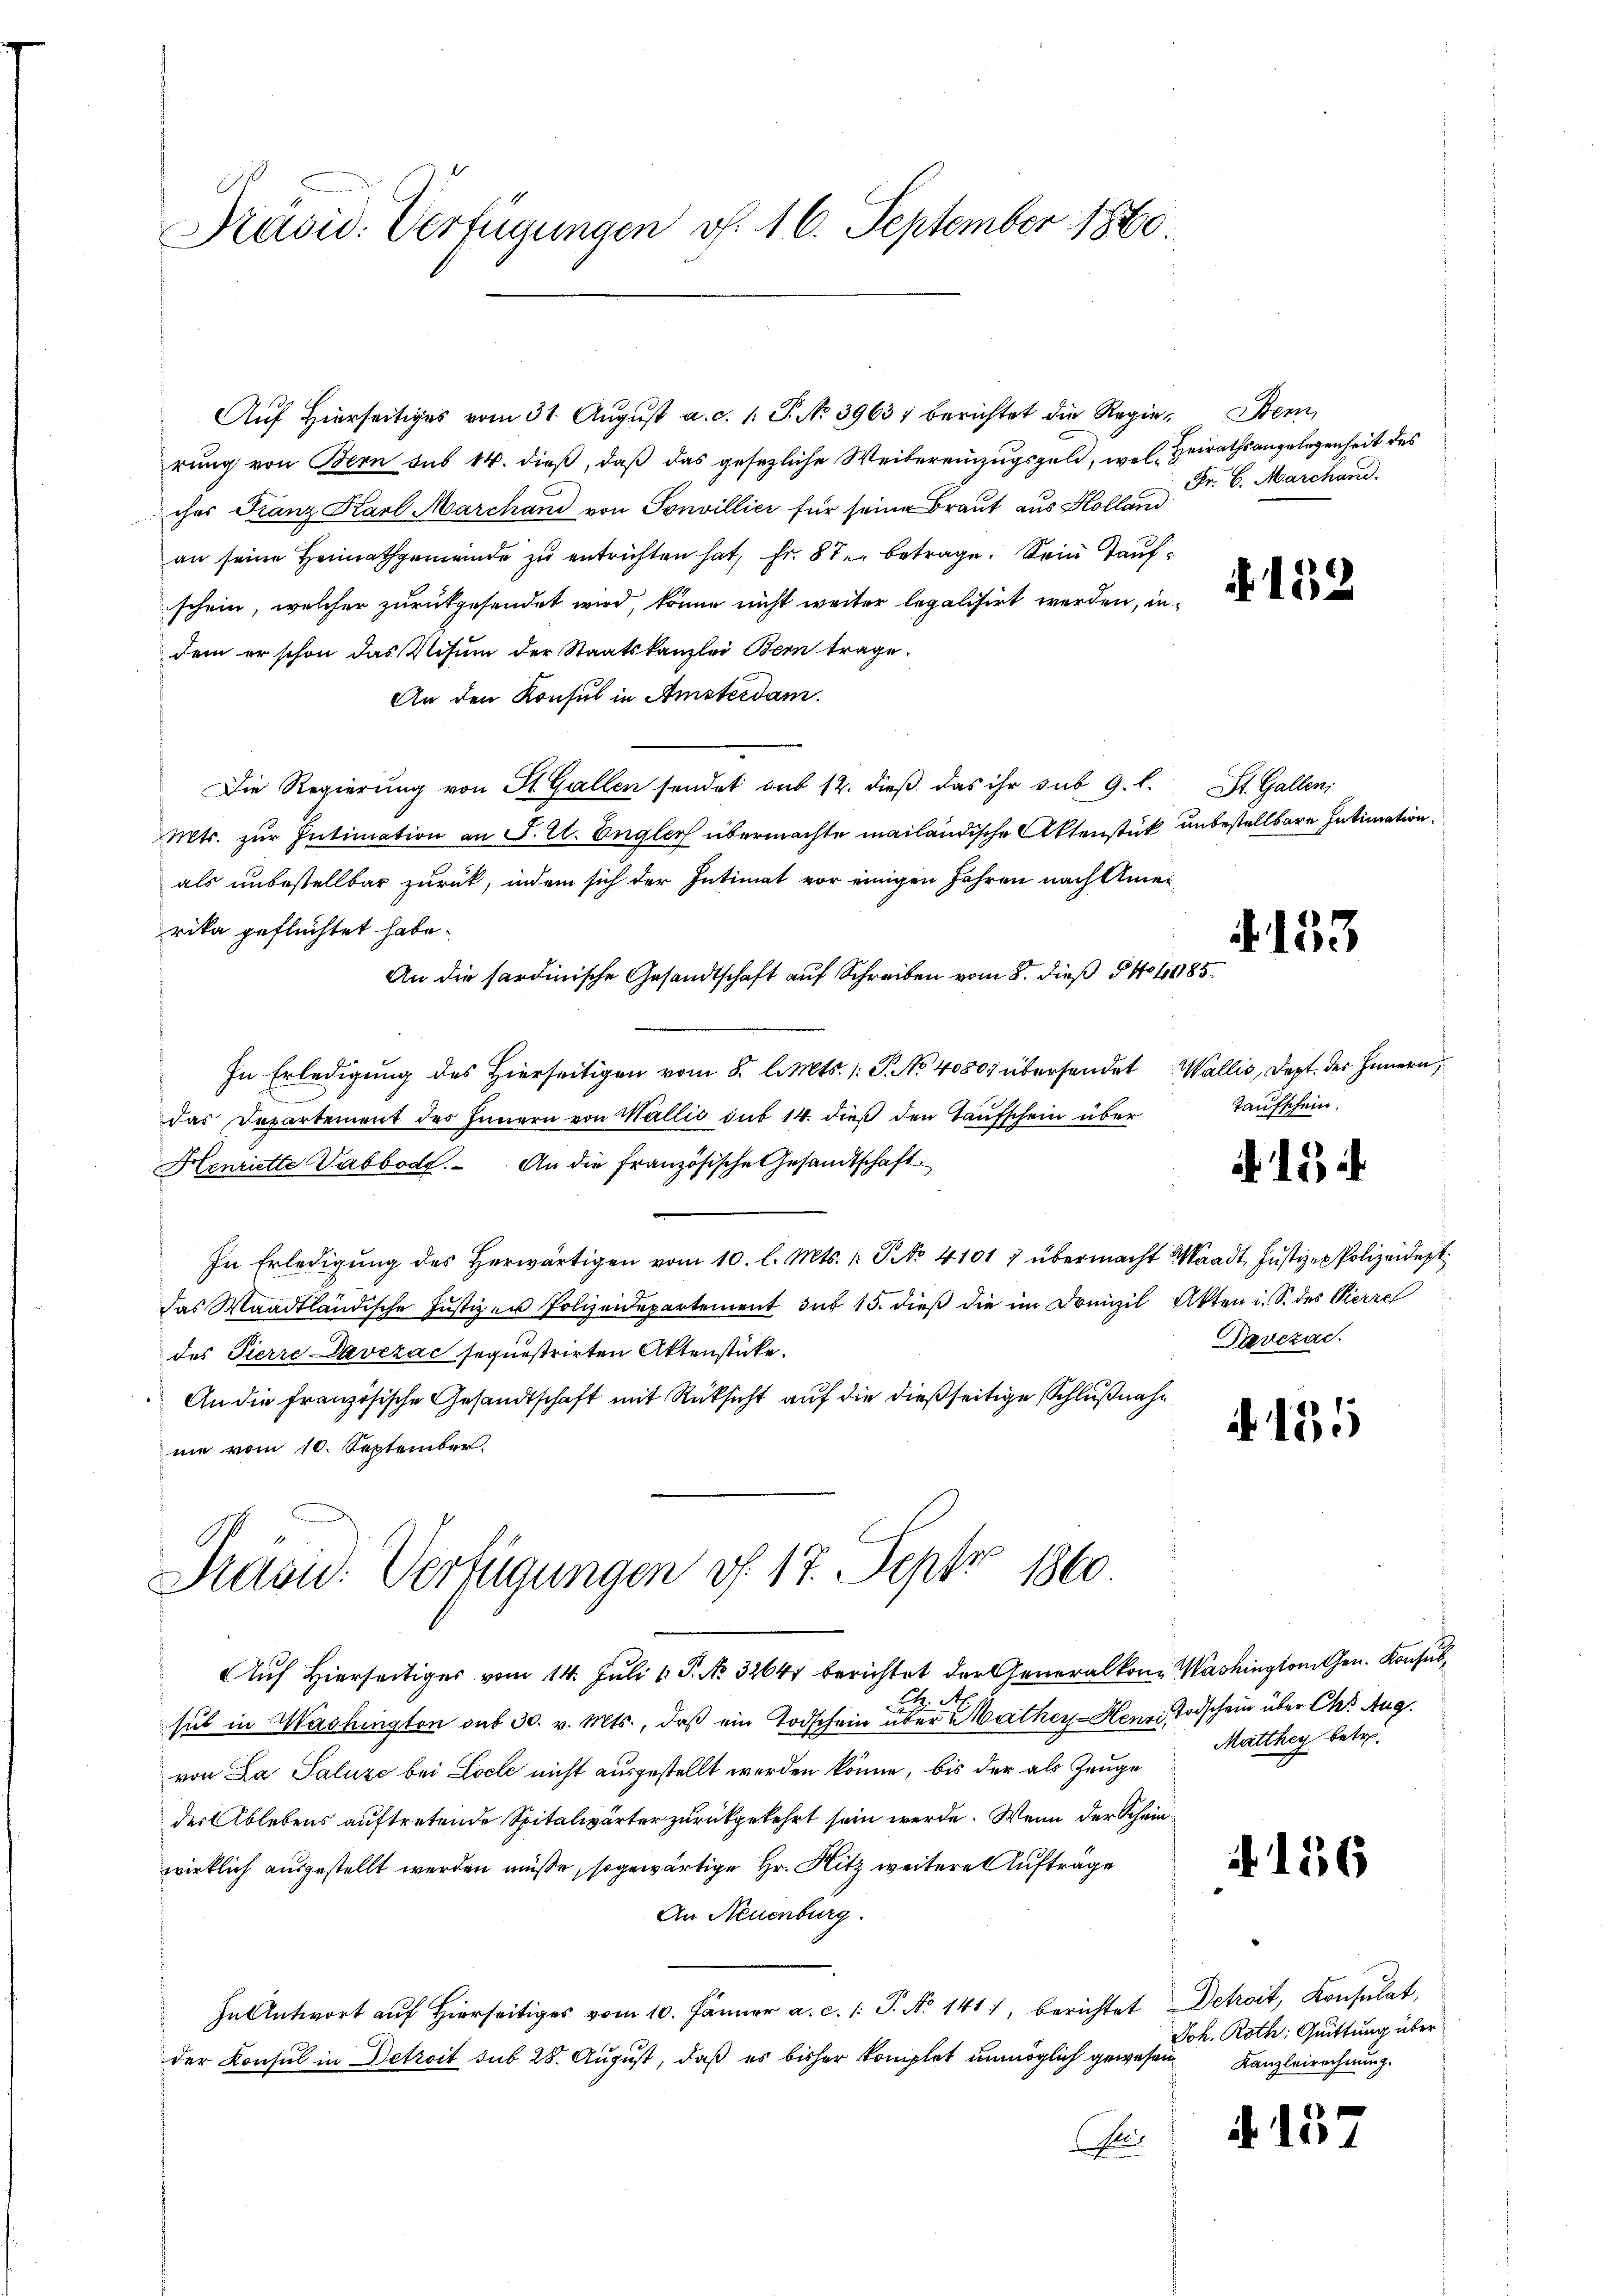
Präsid. Verfügungen v. 16. September 1880

Auf Hierseitiges vom 31. August a. c. 1: P. No 3963 berichtet die Regien Bern,
rung von Bern aus 14. dieß, daß das gesezliche Weibereinzugsgeld, wel Heirathsangelegenheit des
ches Franz Karl Marchand von Sonvillier für seine Braut aus Holland
an seine Heimathgemeinde zu entrichten hat, fr. 8 te betrage. Sein Taufschein, welcher zurückgesendet wird, könne nicht weiter legalisirt werden, indem er schon das Visum der Staatskanzlei Bern trage.
An den Konsul in Amsterdam.
Die Regierung von St. Gallen sendet sub 12. dieß das ihr sub 9. l. St. Gallen,
Mts. zur Intimation an J. U. Englich übermachte mailändische Aktenstück unbestellbare Intimation.
als unbestellbar zurück, indem sich der Intimat vor einigen Jahren nach Amerika geflüchtet habe.
An die sardinische Gesandtschaft auf Schreiben vom 8. dieß 5 No 1085.
In Erledigung des Hierseitigen vom 8. l. Mts. (T. No 4080; übersendet Wallis, Dept. der Innern,
das Departement des Innern von Wallis sub 14. dieß den Taufschein über
Henriette Vabbod. An die französische Gesandtschaft
In Erledigung des herwärtigen vom 10. l. Mts. /: P. No. 41017 übermacht Waadt, Justizen Polizeidest
das Waadtländische Justizen Polizeidepartement sub 15. dieß die im Domizil Akten i. S. des Pierre
des Pierre Davezac sequestrirten Aktenstücke.
An die französische Gesandtschaft mit Rücksicht auf die dießseitige Schlußnahe
nie vom 10. September.

Stavid. Verfügungen v. 17. Sept. 1860

Auf Hierseitiges vom 14. Juli v. P. Nr. 3264 berichtet der Generalkon Washington Gen. Konsul¬
E

sul in Washington aus 30. v. Mts., daß ein Todschein über Mather-Henzi Todschein über Ch. Aug.
von La Saluze bei Loche nicht ausgestellt werden könne, bis der als Zeuge
der Ablebens auftretende Spitalwärter zurückgekehrt sein werde. Wenn der Scheinwirklich ausgestellt werden müße, so gewärtige Hr. Hitz weitere Aufträge
An Neuenburg.
In Antwort aŭf hiers vom 10. Jänner a. c. 1. P. No 1411, berichtet Detroit, Konsulat,
der Konsul in Detroit sub 28. August, daß es bisher komplet unmöglich gewesen
Pres

Fr. 6. Marchand.

152

4153

Taufschein.

.15

Devezac.

A 155

Matthey betr.

A 156

Joh. Roth: Quittung über
Kanzleirechnung.

.157